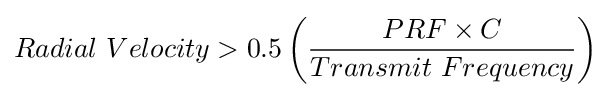
Radial\ Velocity>0.5\left({\frac {PRF\times C}{Transmit\ Frequency}}\right)